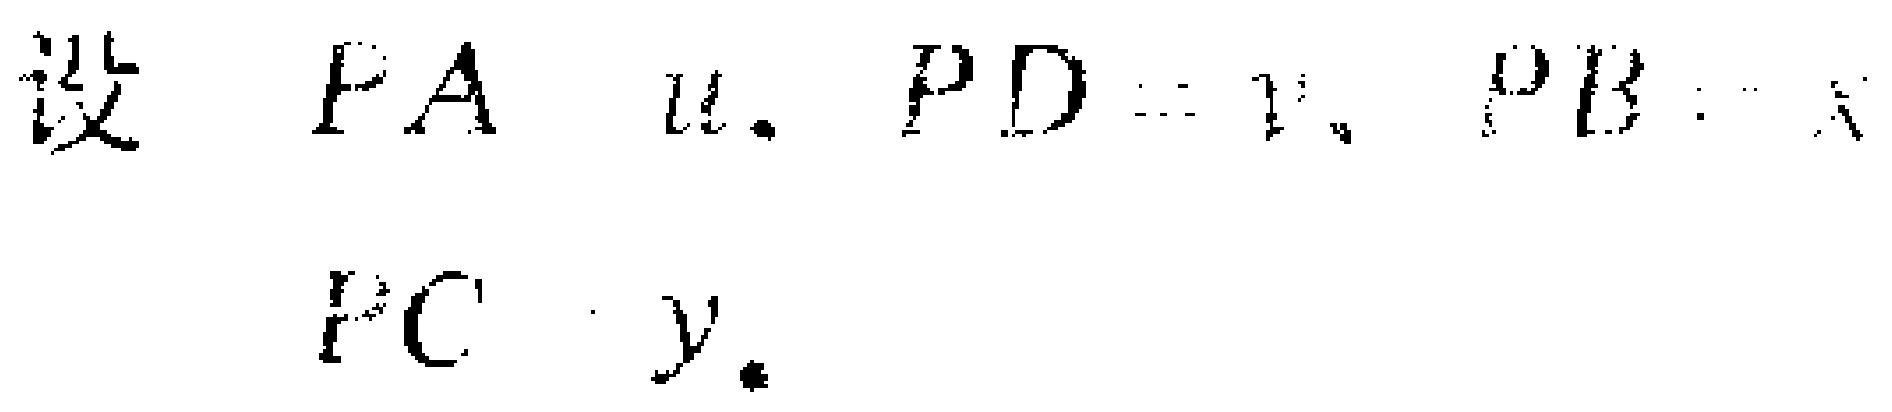
设 \(PA = u\), \(PD = z\), \(PB = x\), \(PC = y\).